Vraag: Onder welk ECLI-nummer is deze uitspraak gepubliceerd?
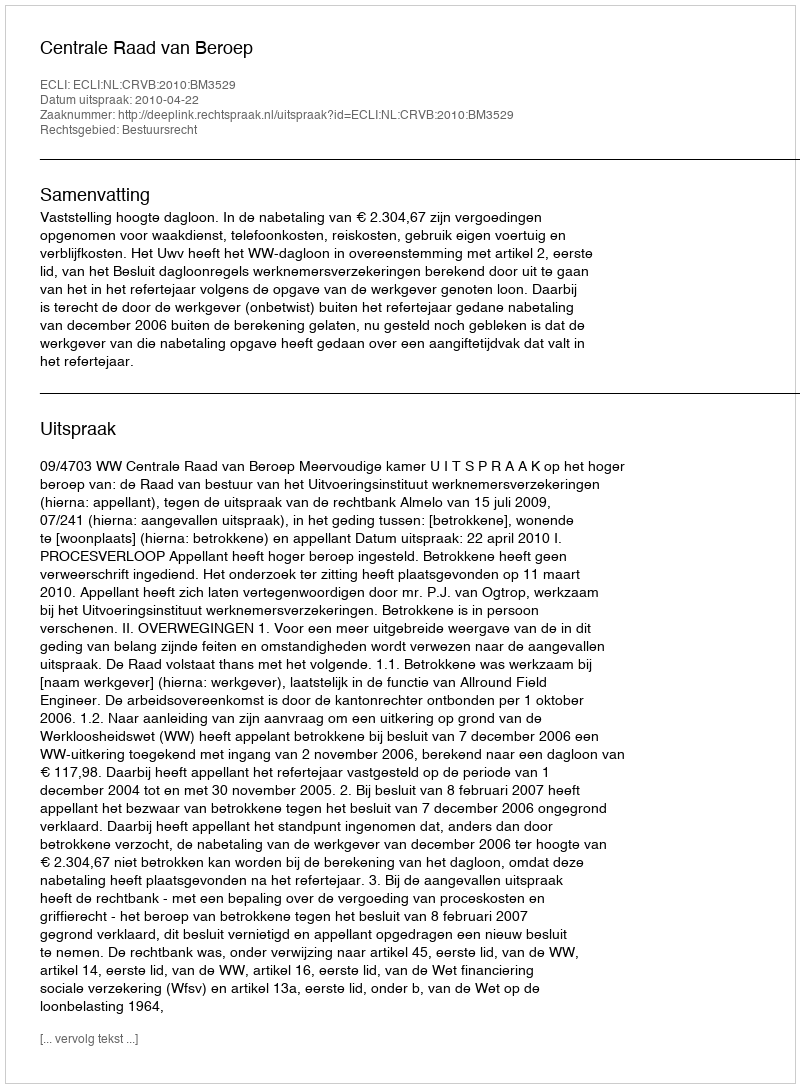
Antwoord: ECLI:NL:CRVB:2010:BM3529